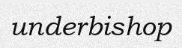
underbishop